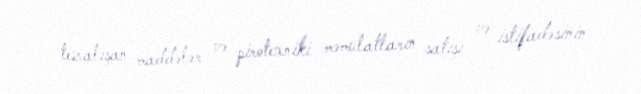
tezalışan maddələr və pirotexniki məmulatların satışı və istifadəsinin